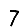
Digit: 7